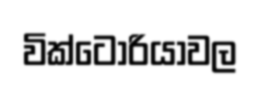
වික්ටෝරියාවල